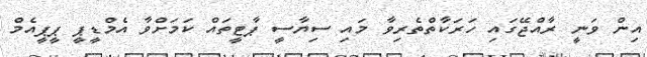
އިން ވަނީ ރާއްޖޭގައި ހަރަކާތްތެރިވާ މައި ސިޔާސީ ޕާޓީތައް ކަމަށްވާ އެމްޑީޕީ ޕީޕީއެމް